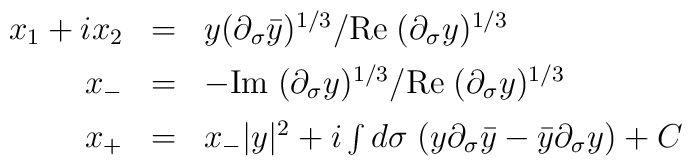
\begin{array}{rcl}x_1+ix_2&=&y(\partial_{\sigma}\bar{y})^{1/3}/\mbox{Re}\;(\partial_{\sigma}y)^{1/3}\\[5pt]x_-&=&-\mbox{Im}\;(\partial_{\sigma}y)^{1/3}/     \mbox{Re}\;(\partial_{\sigma}y)^{1/3}\\[5pt]x_+&=&x_-|y|^2+i\int d\sigma\;(y\partial_{\sigma}\bar{y}-\bar{y}\partial_{\sigma}y)+C\end{array}